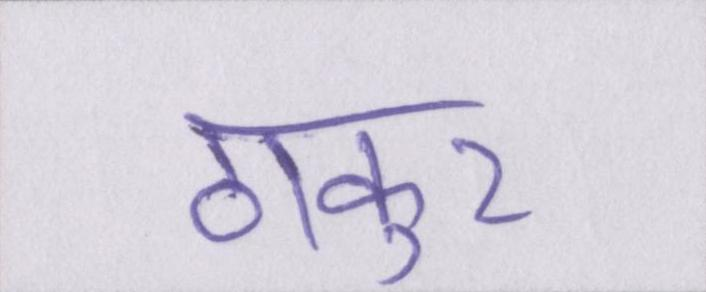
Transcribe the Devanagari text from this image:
ठाकुर